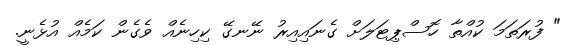
" ފުރަތަމަ ކުއްތާ ހޮސްޕިޓަލަށް ގެނައިއިރު ނޭނގޭ ކިހިނެއް ވެގެން ކަމެއް އުޅެނީ.